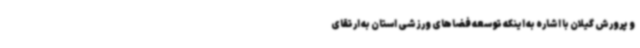
و پرورش گیلان با اشاره به اینکه توسعه فضاهای ورزشی استان به ارتقای